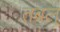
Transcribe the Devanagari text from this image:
तबल्